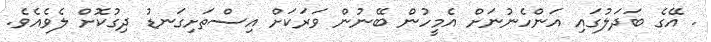
. އޭގެ ބަދަލުގައި އަންހެނުނަށް އެމީހުން ބޭނުން ވަރަކަށް އިސްތަށިގަނޑު ދިގުކޮށް ލެވެއެވެ.